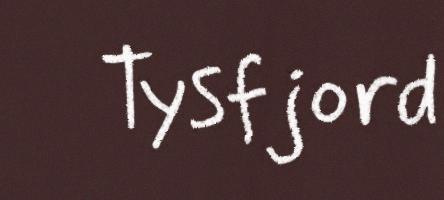
Tysfjord